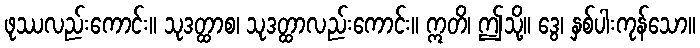
ဖုဿလည်းကောင်း။ သုဒတ္ထာစ၊ သုဒတ္ထာလည်းကောင်း။ ဣတိ၊ ဤသို့။ ဒွေ၊ နှစ်ပါးကုန်သော။